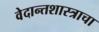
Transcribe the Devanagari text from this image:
वेदान्तशास्त्राचा